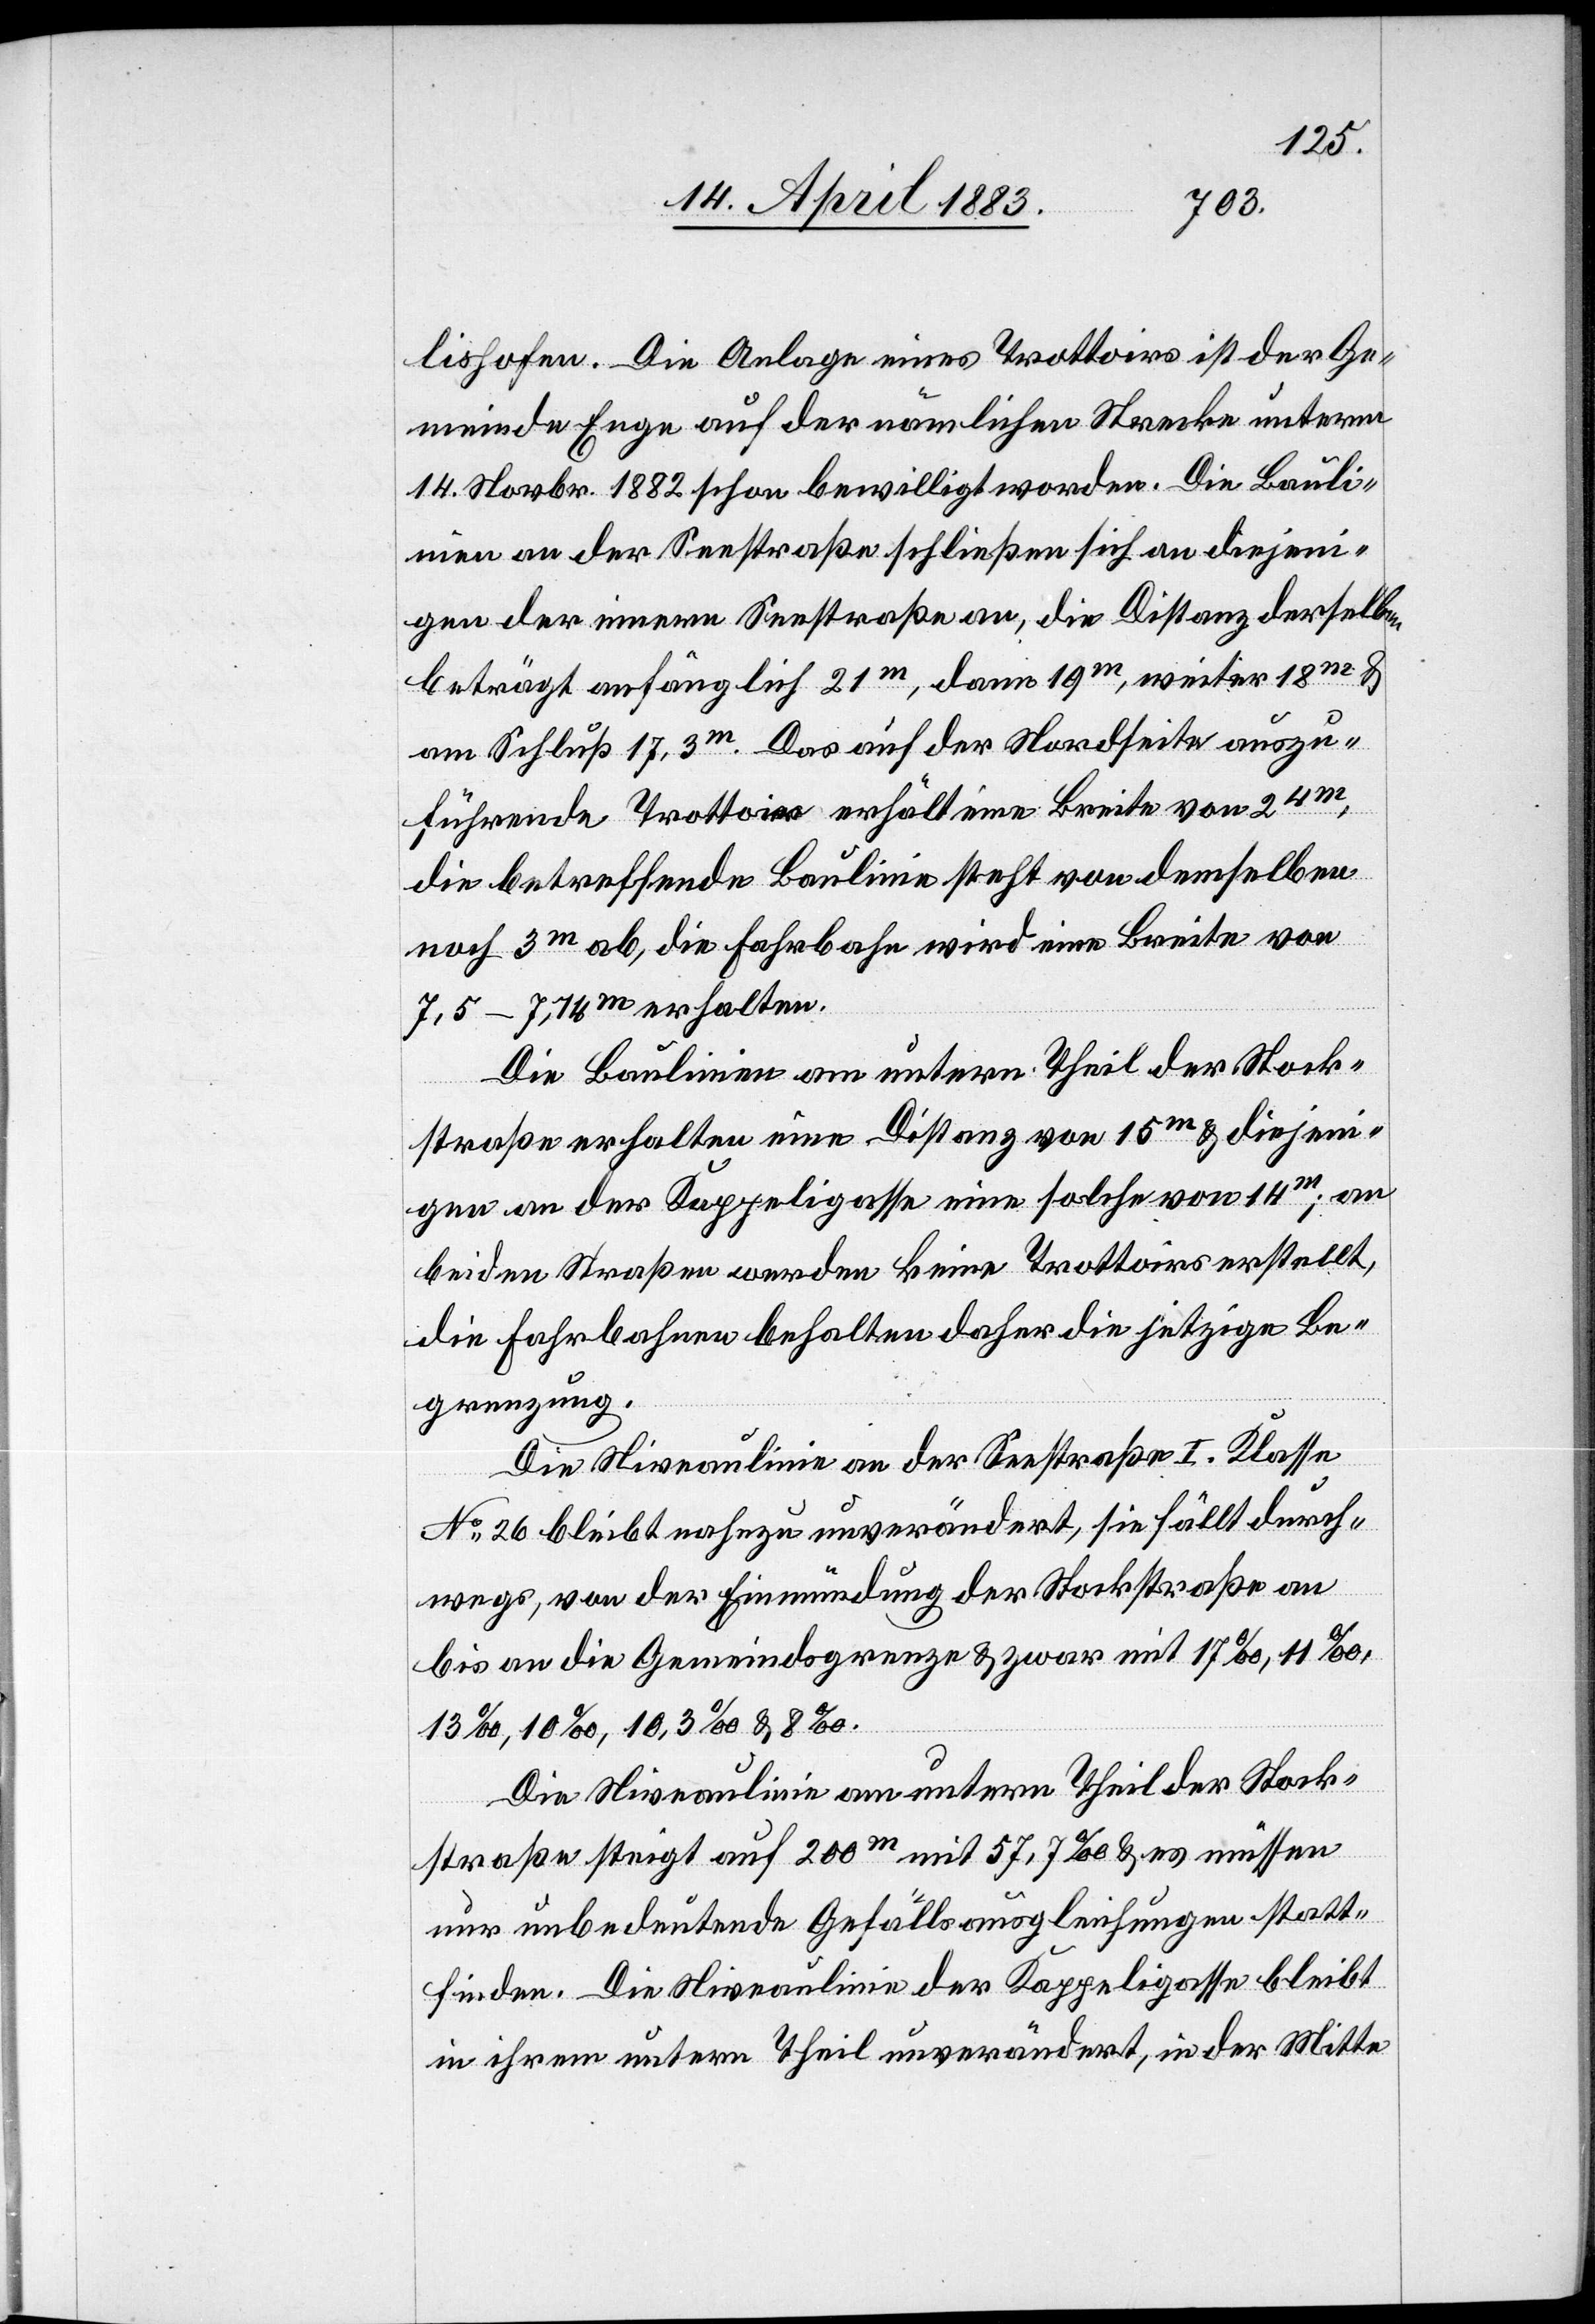
lishofen. Die Anlage eines Trottoirs ist der Ge¬
meinde Enge auf der nämlichen Strecke unterm
14. Novbr. 1822 schon bewilligt worden. Die Bauli¬
nien an der Seestraße schließen sich an diejeni¬
gen der innern Seestraße an, die Distanz derselben
beträgt anfänglich 21m, dann 19m, weiter 18m &
am Schluß 17,3m. Das auf der Nordseite auszu¬
führende Trottoir erhält eine Breite von 2[,]4m,
die betreffende Baulinie steht von demselben
noch 3m ab, die Fahrbahn wird eine Breite von
7,5–7,14m erhalten.
Die Baulinie am untern Theil der Stock¬
straße erhalten eine Distanz von 15m & diejeni¬
gen an der Kappeligasse eine solche von 14m; an
beiden Straßen werden keine Trottoirs erstellt,
die Fahrbahnen behalten daher die jetzige Be¬
grenzung.
Die Niveaulinie an der Seestraße I. Klasse
No 26 bleibt nahezu unverändert, sie fällt durch¬
wegs, von der Einmündung der Stockstraße an
bis an die Gemeindsgrenze & zwar mit 17‰, 11‰,
13‰, 10‰, 10,3‰ & 8‰.
Die Niveaulinie am untern Theil der Stock[e¬
r]straße steigt auf 200m mit 57,7‰ & es müssen
nur unbedeutende Gefällsausgleichungen statt¬
finden. Die Niveaulinie der Kappeligasse bleibt
in ihrem untern Theil unverändert, in der Mitte